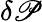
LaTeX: \delta\mathscr{P}